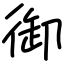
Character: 御